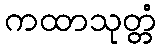
ကထာသုတ္တံ